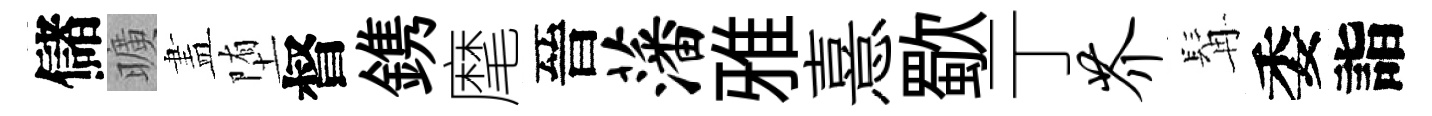
儲曠𥁞堕督鎸麾晉藩雅憙歜亍芥髯委詣